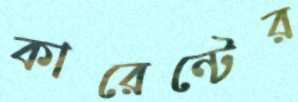
কারেন্টের